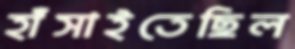
হাঁসাইতেছিল